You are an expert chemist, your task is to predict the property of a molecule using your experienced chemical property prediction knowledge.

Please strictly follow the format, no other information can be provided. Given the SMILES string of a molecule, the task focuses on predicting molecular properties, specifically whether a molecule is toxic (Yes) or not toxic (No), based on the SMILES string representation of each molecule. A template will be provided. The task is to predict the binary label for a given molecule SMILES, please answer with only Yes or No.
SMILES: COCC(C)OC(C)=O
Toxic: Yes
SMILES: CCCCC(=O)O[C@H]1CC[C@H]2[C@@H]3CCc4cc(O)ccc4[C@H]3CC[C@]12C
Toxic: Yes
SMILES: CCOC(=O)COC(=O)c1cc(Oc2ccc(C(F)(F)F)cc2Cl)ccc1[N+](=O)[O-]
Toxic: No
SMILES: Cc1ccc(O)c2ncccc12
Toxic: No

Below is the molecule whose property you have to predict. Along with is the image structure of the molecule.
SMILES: CCCCCCCCCCCCN1CCCC1=O
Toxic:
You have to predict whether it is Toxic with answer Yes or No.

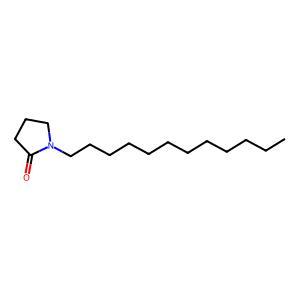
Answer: No